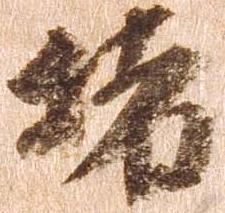
堵